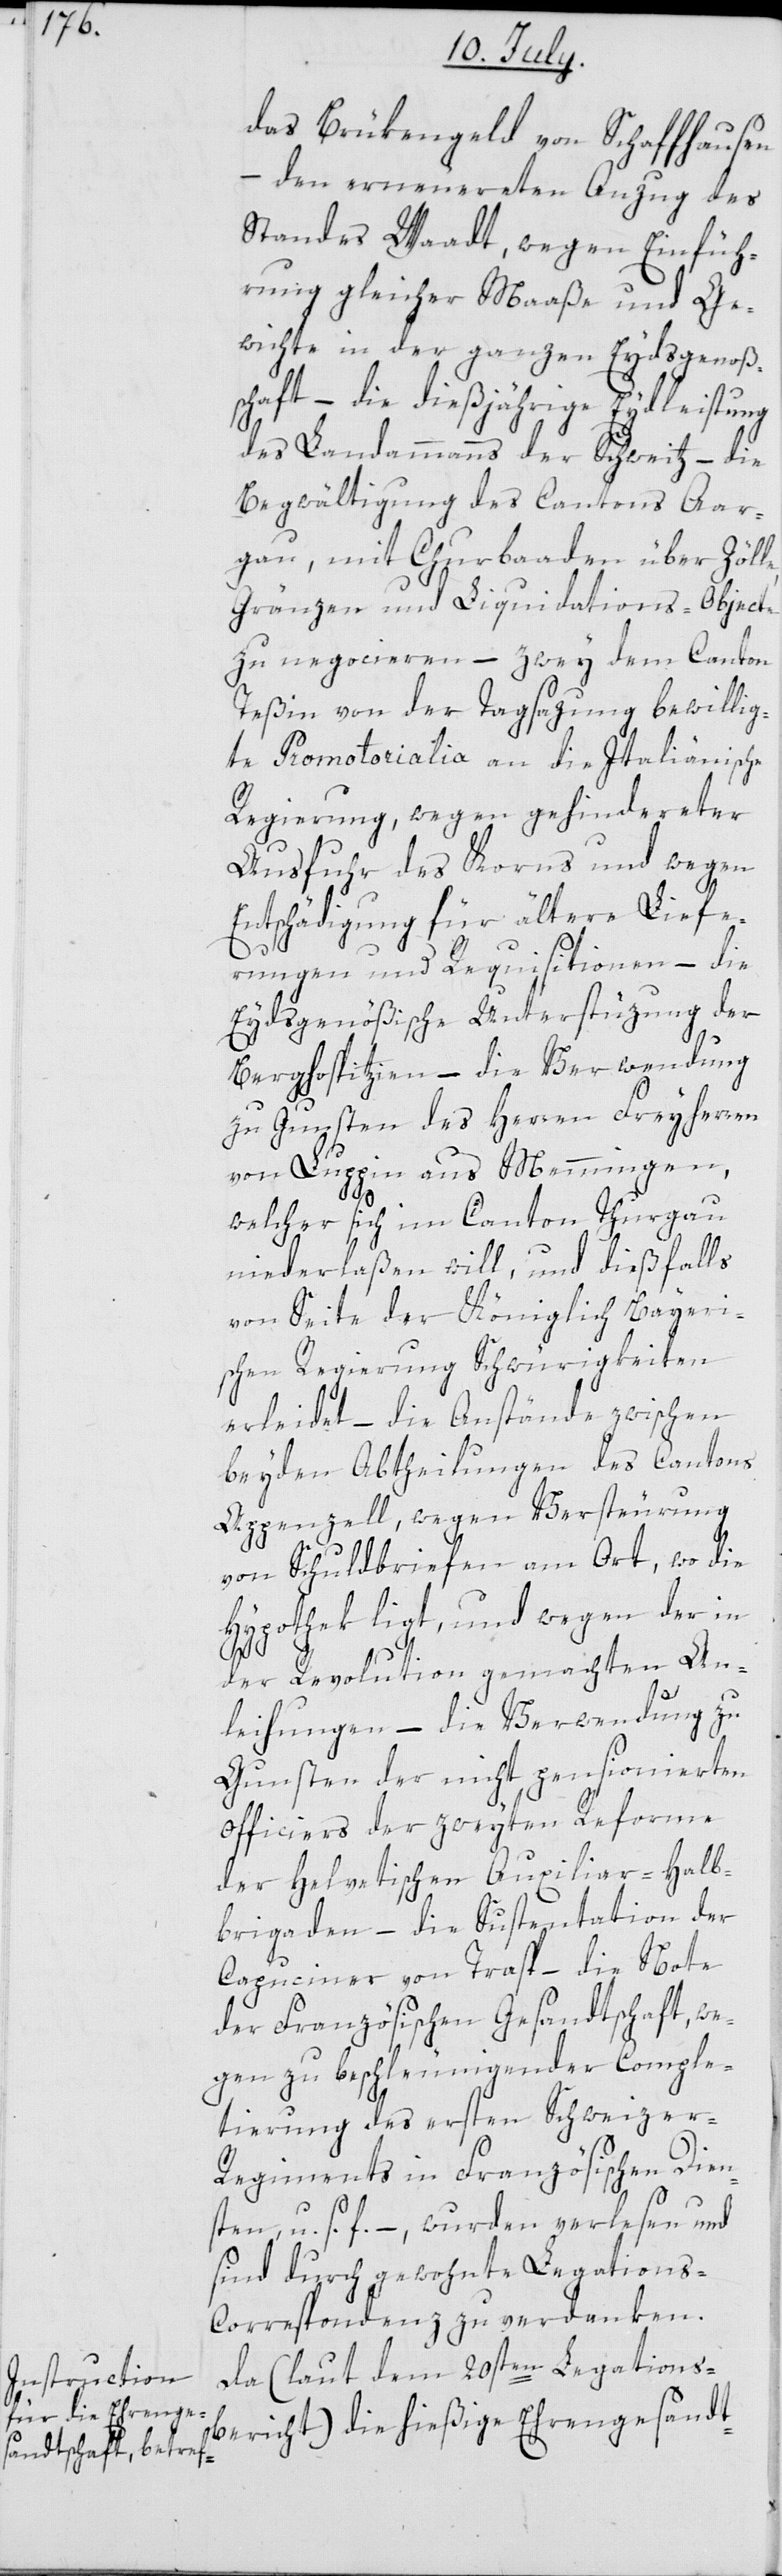
das Brükengeld von Schaffhausen,
– den erneuereten Anzug des
Standes Waadt, wegen Einfüh¬
rung gleicher Maaße und Ge¬
wichte in der ganzen Eydsgenoßs¬
chaft, – die dießjährige Eydleistung
des Landammanns der Schweitz, – die
Begwältigung des Cantons Aar¬
gau, mit Churbaaden über Zölle,
Gränzen und Liquidations-Objecte
zu negocieren, – zwey dem Canton
Teßin von der Tagsazung bewillig¬
te Promotorialia an die Italiänische
Regierung, wegen gehindereter
Ausfuhr des Korns und wegen
Entschädigung für ältere Liefe¬
rungen und Requisitionen, – die
Eydsgenößische Unterstüzung der
Berghospitzien, – die Verwendung
zu Gunsten des Herren Freyherren
von Luppin aus Memmingen,
welcher sich im Canton Thurgau
niederlaßen will, und dießfalls
von Seite der Königlich Bayeri¬
schen Regierung Schwürigkeiten
erleidet, – die Anstände zwischen
beyden Abtheilungen des Cantons
Appenzell, wegen Versteurung
von Schuldbriefen am Ort, wo die
Hypothek ligt, und wegen der in
der Revolution gemachten An¬
leihungen, – die Verwendung zu
Gunsten der nicht pensionierten
Officiers der zweyten Reforme
der Helvetischen Auxiliar-Halb¬
brigaden, – die Sustentation der
Capuziner von Trasp, – die Note
der französischen Gesandtschaft, we¬
gen zu beschleunigender Complet¬
tierung des ersten Schweizer-R¬
egiments in Französischen Dien¬
sten, u. s. f., – wurden verlesen und
sind durch gewohnte Legations-C¬
orrespondenz zu verdanken.
Da (laut dem 20sten Legations¬
bericht) die hießige Ehrengesandt-